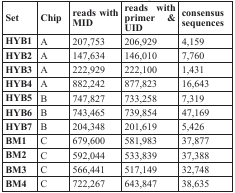
| Set | Chip | reads with MID | reads with primer & UID | consensus sequences |
 | --- | --- | --- | --- | --- |
 | HYB1 | A | 207,753 | 206,929 | 4,159 |
 | HYB2 | A | 147,634 | 146,010 | 7,760 |
 | HYB3 | A | 222,929 | 222,100 | 1,431 |
 | HYB4 | A | 882,242 | 877,823 | 16,643 |
 | HYB5 | B | 747,827 | 733,258 | 7,319 |
 | HYB6 | B | 743,465 | 739,854 | 47,169 |
 | HYB7 | B | 204,348 | 201,619 | 5,426 |
 | BM1 | C | 679,600 | 581,983 | 37,877 |
 | BM2 | C | 592,044 | 533,839 | 37,388 |
 | BM3 | C | 566,441 | 517,149 | 32,748 |
 | BM4 | C | 722,267 | 643,847 | 38,635 |